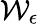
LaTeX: \mathcal{W}_{\epsilon}